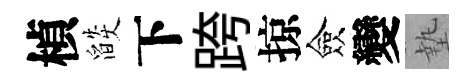
楨燄下跨掠僉變墊